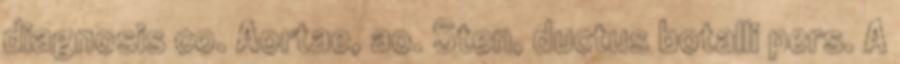
diagnosis co. Aortae, ao. Sten, ductus botalli pers. A